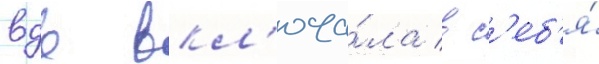
вдв вкл'юча́ла в с'еб'я́